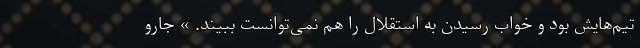
تیم‌هایش بود و خواب رسیدن به استقلال را هم نمی‌توانست ببیند. » جارو